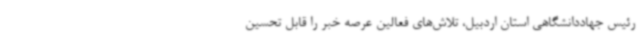
رئیس جهاددانشگاهی استان اردبیل، تلاش‌های فعالین عرصه خبر را قابل تحسین